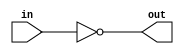
module inverter(
    input in,
    output out
);

assign out = ~in;

endmodule